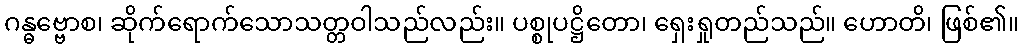
ဂန္ဓဗ္ဗောစ၊ ဆိုက်ရောက်သောသတ္တဝါသည်လည်း။ ပစ္စုပဋ္ဌိတော၊ ရှေးရှုတည်သည်။ ဟောတိ၊ ဖြစ်၏။